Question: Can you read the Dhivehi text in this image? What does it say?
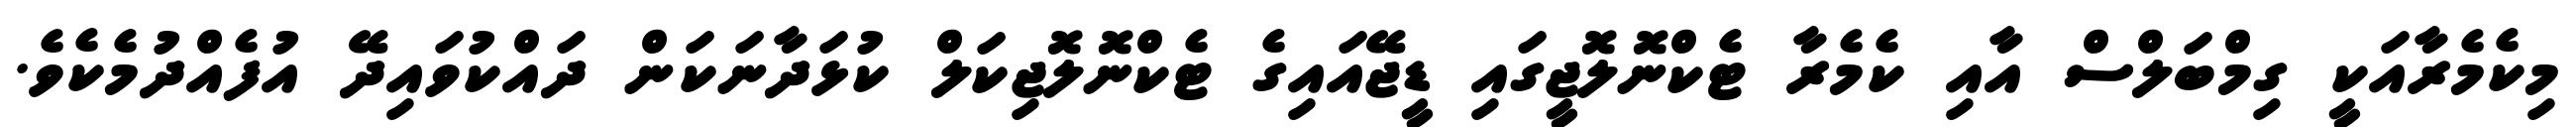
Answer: މިކެމެރާއަކީ ގިމްބަލްސް އާއި ކެމެރާ ޓެކްނޮލޮޖީގައި ޑީޖޭއައިގެ ޓެކްނޮލޮޖިކަލް ކުޅަދާނަކަން ދައްކުވައިދޭ އުފެއްދުމެކެވެ.